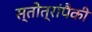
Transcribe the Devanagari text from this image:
स्तोत्रांपैकी